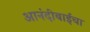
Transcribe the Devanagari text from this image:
आनंदीबाईंचा